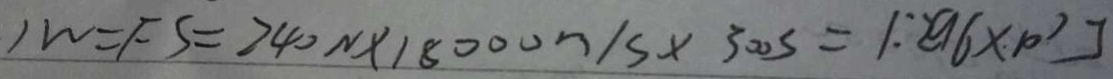
1 W = F S = 2 4 0 N \times 1 8 0 0 0 m / s \times 3 0 0 s = 1 . 2 9 6 \times 1 0 ^ { 7 } J